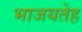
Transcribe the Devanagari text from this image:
भाजयतेह